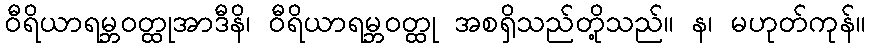
ဝီရိယာရမ္ဘဝတ္ထုအာဒီနိ၊ ဝီရိယာရမ္ဘဝတ္ထု အစရှိသည်တို့သည်။ န၊ မဟုတ်ကုန်။